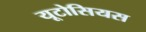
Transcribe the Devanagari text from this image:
यूटोसियस